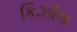
કિઝીલ